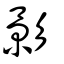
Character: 影